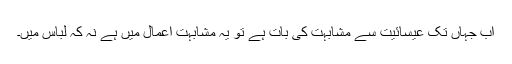
اب جہاں تک عیسائیت سے مشابہت کی بات ہے تو یہ مشابہت اعمال میں ہے نہ کہ لباس میں۔